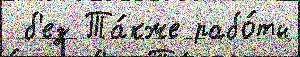
 б'ез Та́кже рабо́ты